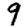
Digit: 9